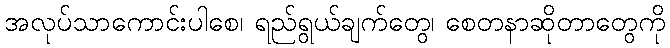
အလုပ်သာကောင်းပါစေ၊ ရည်ရွယ်ချက်တွေ၊ စေတနာဆိုတာတွေကို